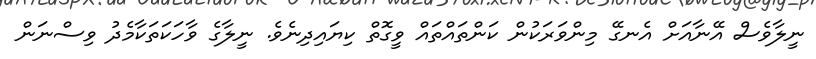
ނީލާވެސް އޭނާއަށް އެނގޭ މިންވަރަކުން ކަންތައްތައް ވީގޮތް ކިޔައިދިނެވެ. ނީލާގެ ވާހަކަތަކާމެދު ވިސްނަން